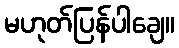
မဟုတ်ပြန်ပါချေ။